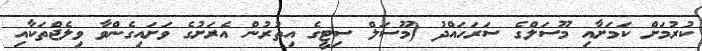
ކުރުމަށް ކަމަށާއި މޫސަލްގެ ސަރަހައްދު (މޫސަލް ސިޓީގެ އިތުރުން އެރަށުގެ ވަށައިގެންވާ ވިލެޖްތަކާއި